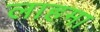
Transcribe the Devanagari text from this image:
लाहमा